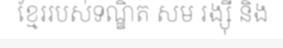
ខ្មែររបស់ទណ្ឌិត សម រង្ស៊ី និង